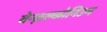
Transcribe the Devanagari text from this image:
बेन्ज़ल्कोनिउम